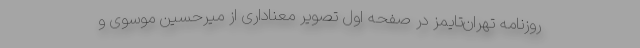
روزنامه تهران‌تایمز در صفحه اول تصویر معناداری از میرحسین موسوی و